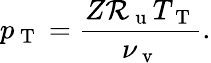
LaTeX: p_{\mathrm{~T~}}=\frac{Z\mathcal{R}_{\mathrm{~u~}}T_{\mathrm{~T~}}}{\nu_{\mathrm{~v~}}}.